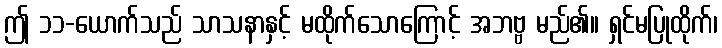
ဤ ၁၁-ယောက်သည် သာသနာနှင့် မထိုက်သောကြောင့် အဘဗ္ဗ မည်၏။ ရှင်မပြုထိုက်၊